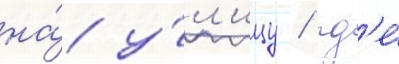
на́ у́л'ицу / гд'е́